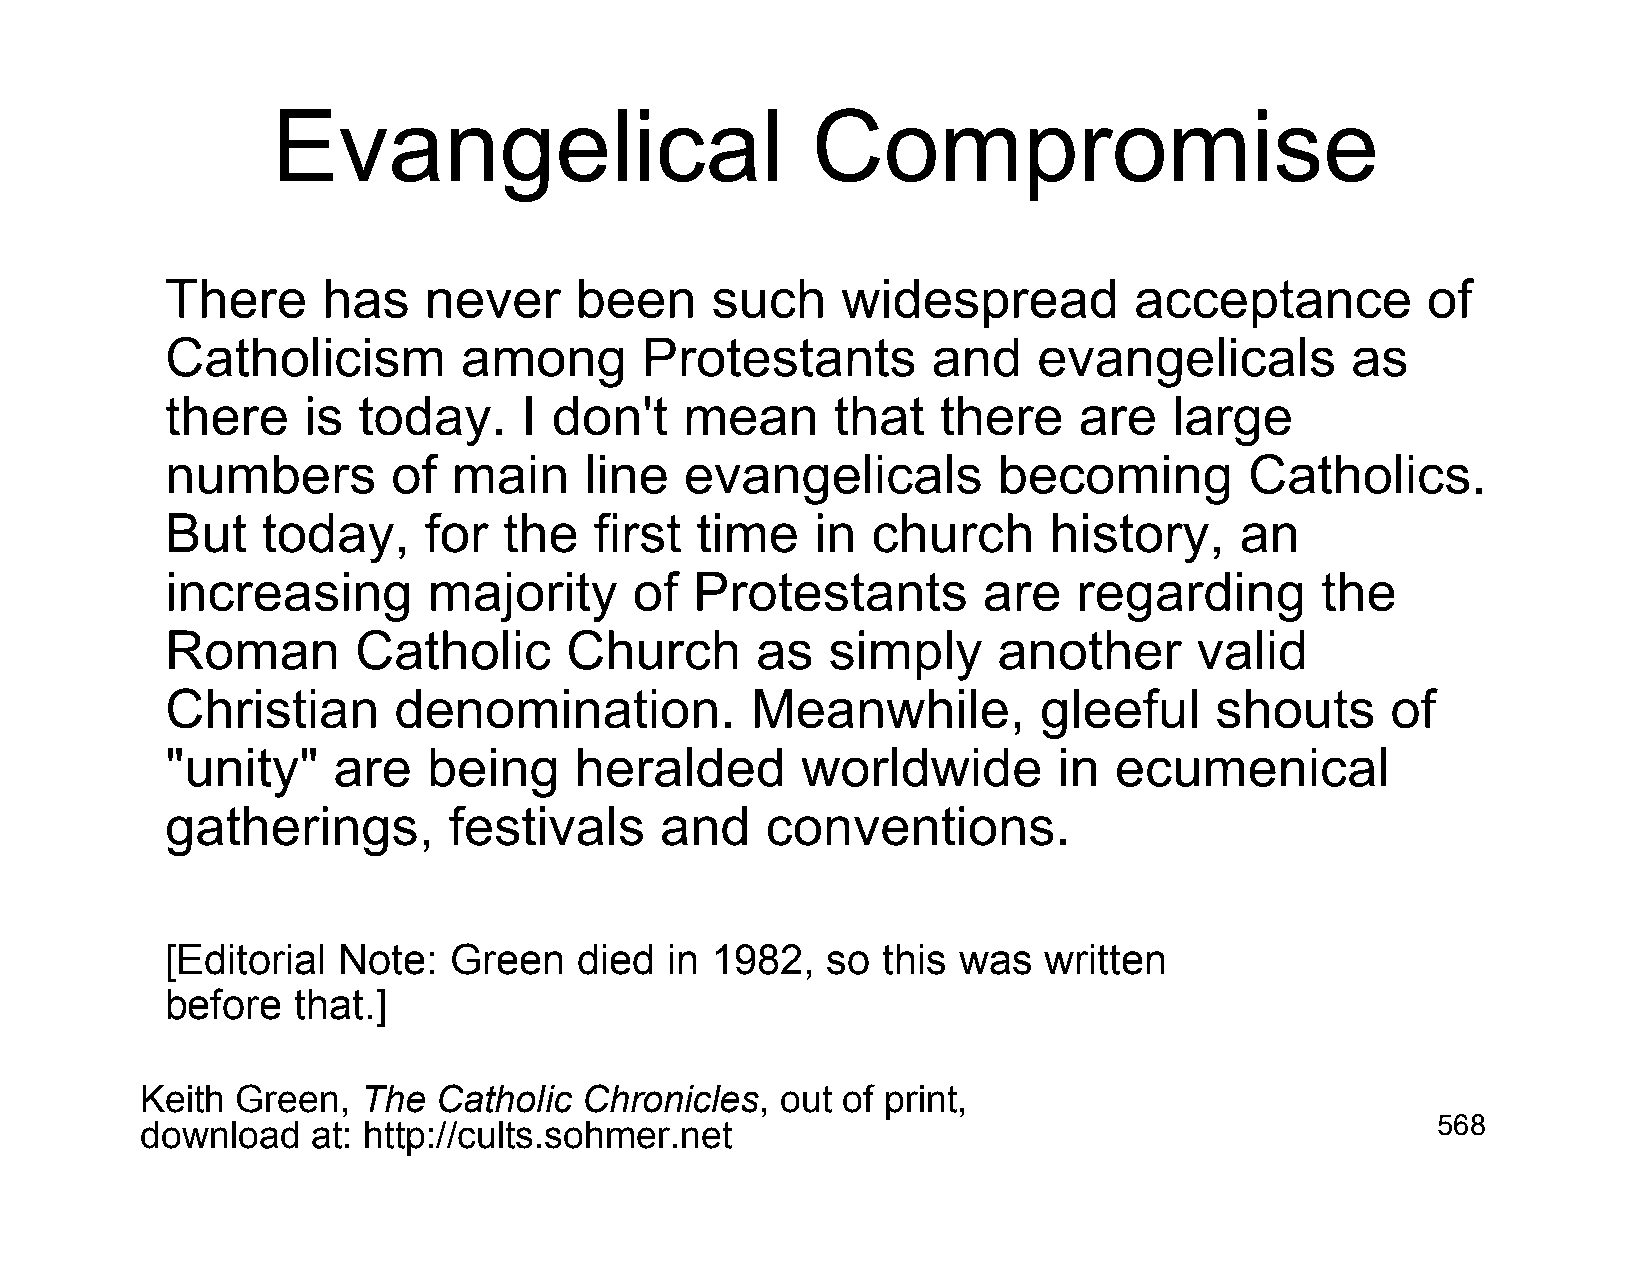
Evangelical                         Compromise
 There     has    never     been     such     widespread         acceptance         of
 Catholicism        among       Protestants         and    evangelicals        as
 there    is  today.     I don't   mean      that   there    are    large
 numbers        of  main     line  evangelicals         becoming         Catholics.
 But   today,     for  the   first  time    in  church     history,     an
 increasing       majority      of  Protestants        are   regarding       the
 Roman       Catholic      Church       as   simply     another      valid
 Christian      denomination.           Meanwhile,         gleeful    shouts      of
 "unity"    are   being     heralded       worldwide        in  ecumenical
 gatherings,        festivals     and    conventions.
 [Editorial Note:   Green   died  in 1982,   so this was   written
 before  that.]
 Keith  Green,  The  Catholic  Chronicles,  out of print,
 download    at: http://cults.sohmer.net                                               568